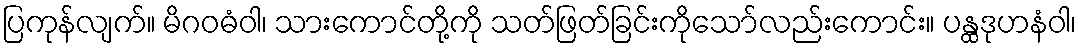
ပြကုန်လျက်။ မိဂဝဓံဝါ၊ သားကောင်တို့ကို သတ်ဖြတ်ခြင်းကိုသော်လည်းကောင်း။ ပန္ထဒုဟနံဝါ၊